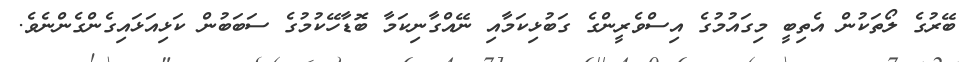
ބޭރުގެ ލޯތަކުން އެތިބީ މިގައުމުގެ އިސްވެރީންގެ ގަބުޅިކަމާއި ނޭއްގާނިކަމާ ބޮޑާހޭކުމުގެ ސަބަބުން ކަޅިއަޅައިގެންގެންނެވެ.